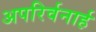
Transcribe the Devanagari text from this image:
अपरिर्वनार्ह